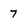
Character: 7